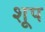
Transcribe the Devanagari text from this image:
शूप